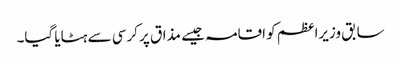
سابق وزیراعظم کو اقامہ جیسے مذاق پر کرسی سے ہٹایا گیا۔